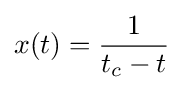
x(t)={\frac {1}{t_{c}-t}}